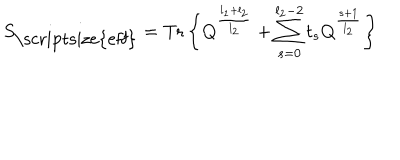
S _ { \mathrm { \scriptsize { e f f } } } = \mathrm { T r } \left\{ Q ^ { \frac { l _ { 1 } + l _ { 2 } } { l _ { 2 } } } + \sum _ { s = 0 } ^ { l _ { 2 } - 2 } t _ { s } Q ^ { \frac { s + 1 } { l _ { 2 } } } \right\}